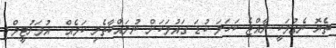
ތެޔޮ ނެގުމަކީ ރާއްޖެ ކަހަލަ ކުޑަ ގައުމަކަށް ނުރައްކާތެރި ކަމެއް  އުމަރުޓީމް